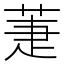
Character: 萐